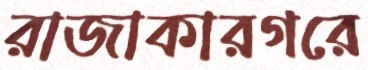
রাজাকারগরে